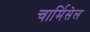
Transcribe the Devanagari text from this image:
चार्मिसेल